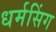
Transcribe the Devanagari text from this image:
धर्मसिंग